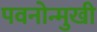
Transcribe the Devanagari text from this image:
पवनोन्मुखी